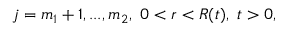
j = m _ { 1 } + 1 , . . . , m _ { 2 } , \ 0 < r < R ( t ) , \ t > 0 ,